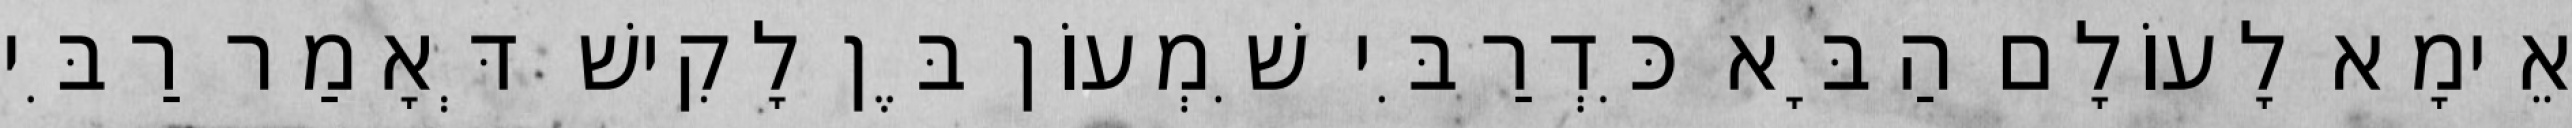
אֵימָא לָעוֹלָם הַבָּא כִּדְרַבִּי שִׁמְעוֹן בֶּן לָקִישׁ דְּאָמַר רַבִּי